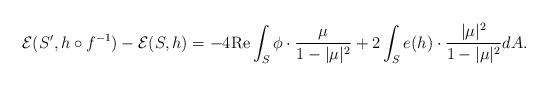
LaTeX: \begin{align*} \mathcal{E}(S',h\circ f^{-1}) -\mathcal{E}(S,h) = -4\textrm{Re} \int_S \phi\cdot \frac{ \mu}{1-|\mu|^2} + 2\int_S e(h)\cdot \frac{|\mu|^2}{1-|\mu|^2}dA.\end{align*}